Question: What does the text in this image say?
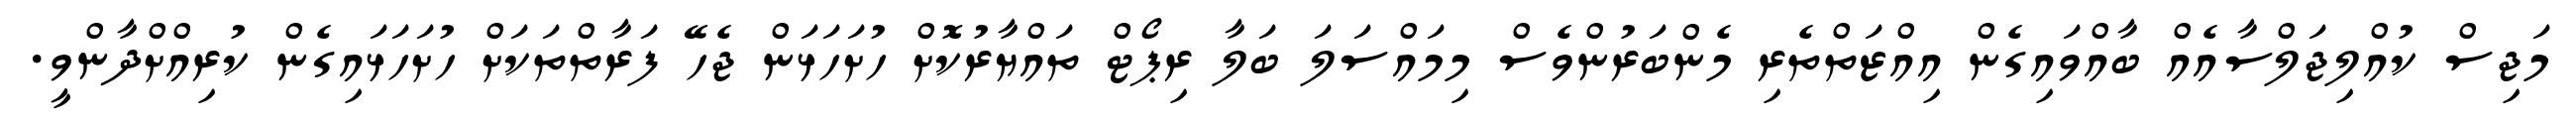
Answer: މަޖިސް ކުއްލިޖަލްސާއެއް ބާއްވައިގެން އިއްޒަތްތެރި މެންބަރުންވެސް މިމައްސަލަ ބަލާ ރިޕޯޓް ތައްޔާރުކޮށް ހުށަހަޅަން ޖެހޭ ފަރާތްތަކަށް ހުށަހަޅައިގެން ކުރިއްށްދާންވީ.